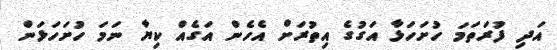
އަދި ފުރަތަމަ ހުށަހަޅާ އަގުގެ އިތުރަށް އެހެން އަގެއް ކިޔާ ނަމަ ހުށަހަޅަން